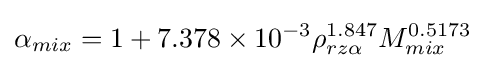
\alpha _{mix}=1+7.378\times 10^{-3}\rho _{rz\alpha }^{1.847}M_{mix}^{0.5173}